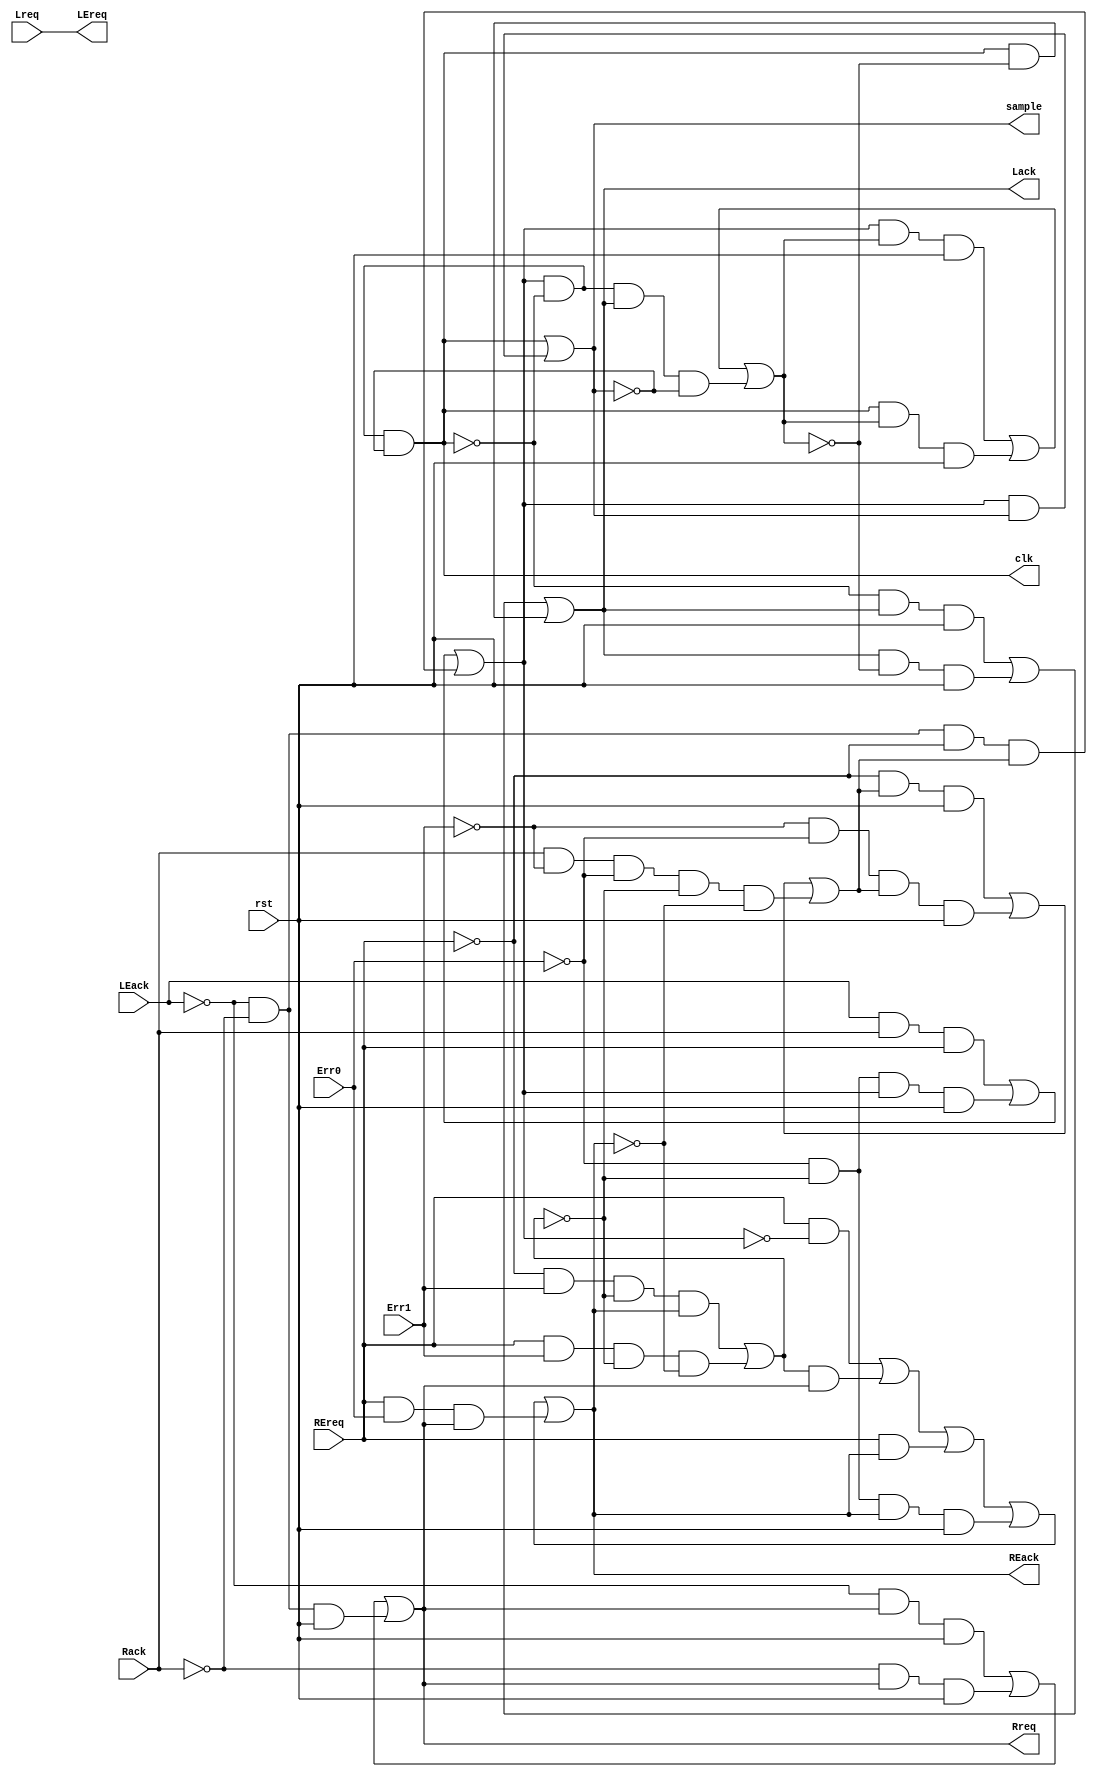
module token_controller(
  output Lack,
  output Rreq,
  output LEreq,
  output REack,
  output clk,
  output sample,
  input Lreq,
  input Rack,
  input LEack,
  input REreq,
  input Err1,
  input Err0,
  input rst
);

    //assign goR = LEack;
    //assign Lack = goL;

    parameter DELAY_B = 5;
    parameter DELAY_E = 5;
    
    wire goD, edo, edi, z0, z2 ;
    wire delay; 

    assign LEreq = Lreq;

    assign #1 REack = REreq & ~goD | edi & Rreq | REreq & REack | ~Err0 & ~edi & REack & rst | REreq & Err0 & Rreq;
    assign #1 Rreq = ~LEack & Rreq & rst | ~Rack & Rreq & rst | ~LEack & ~Rack & rst;

    assign #1 clk = goD & ~delay & ~sample;
    assign #1 sample = delay | goD & sample;

    assign #1 Lack = ~delay & Lack & rst | Lack & ~z0 & rst | delay & ~z0 ;
    
    assign #1 goD = LEack & Rack & REreq | ~Err0 & ~edi & goD & rst | ~LEack & ~Rack & ~REreq & z2;

    assign #1 edo = ~REreq & Err1 & ~edi & REack | REreq & Err1 & ~edi & ~REack;

    assign #1 z0 = goD & z0 & rst | delay & z0 & rst | goD & ~delay & Lack & ~sample;
    assign #1 z2 = ~REreq & z2 & rst | ~Err1 & ~Err0 & z2 & rst | Rack & ~Err1 & ~Err0 & ~edi & ~REack;

    // Delay lines
    assign #DELAY_E edi = edo;
    assign #DELAY_B delay = clk;

endmodule